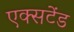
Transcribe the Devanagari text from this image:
एक्सटेंड